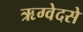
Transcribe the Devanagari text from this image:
ऋग्वेदसे